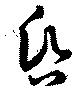
昏